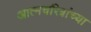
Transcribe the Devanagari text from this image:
आत्मचरित्रांच्या